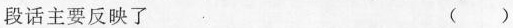
段话主要反映了 ( )